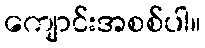
ကျောင်းအစစ်ပါ။